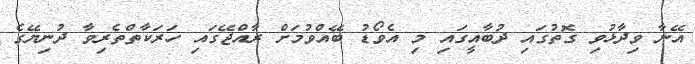
އޭނާ ވިދާޅުވި ގޮތުގައި ދުބާއީގައި މި އެވޯޑު ބޭއްވުމަށް ރާއްޖޭގައި ހަރަކާތްތެރިވާ ދުނިޔޭގެ